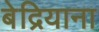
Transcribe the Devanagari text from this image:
बेद्रियाना